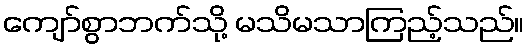
ကျော်စွာဘက်သို့ မသိမသာကြည့်သည်။